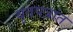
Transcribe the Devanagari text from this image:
वृतपत्रांत